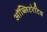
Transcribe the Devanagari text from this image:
ऑब्लिटरेटिव